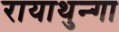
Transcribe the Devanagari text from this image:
रायाथुन्गा